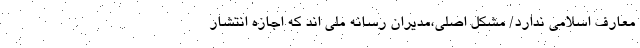
معارف اسلامی ندارد/ مشکل اصلی،مدیران رسانه ملی اند که اجازه انتشار